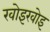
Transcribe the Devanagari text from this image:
खोइखोइ